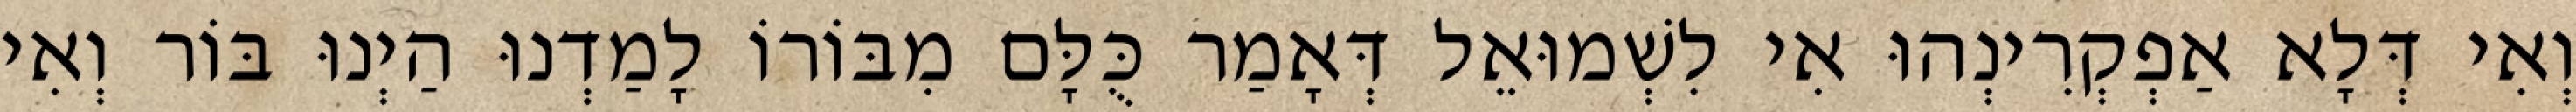
וְאִי דְּלָא אַפְקְרִינְהוּ אִי לִשְׁמוּאֵל דְּאָמַר כֻּלָּם מִבּוֹרוֹ לָמַדְנוּ הַיְנוּ בּוֹר וְאִי